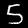
Label: 5